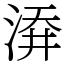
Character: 㴁